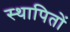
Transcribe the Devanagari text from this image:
स्थापितों